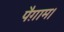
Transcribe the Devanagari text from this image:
पैग़ाम।